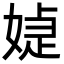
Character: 媫